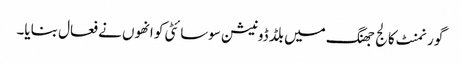
گورنمنٹ کالج جھنگ میں بلڈ ڈونیشن سوسائٹی کو انھوں نے فعال بنایا۔